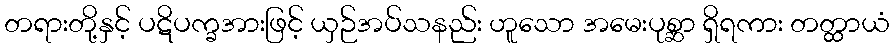
တရားတို့နှင့် ပဋိပက္ခအားဖြင့် ယှဉ်အပ်သနည်း ဟူသော အမေးပုစ္ဆာ ရှိရကား တတ္ထာယံ